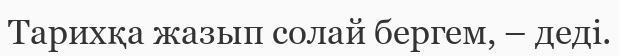
Тарихқа жазып солай бергем, – деді.